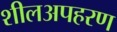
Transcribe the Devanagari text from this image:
शीलअपहरण